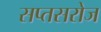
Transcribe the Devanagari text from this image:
सप्तसरोज